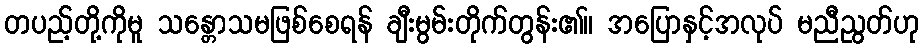
တပည့်တို့ကိုမူ သန္တောသမဖြစ်စေရန် ချီးမွမ်းတိုက်တွန်း၏။ အပြောနှင့်အလုပ် မညီညွတ်ဟု